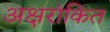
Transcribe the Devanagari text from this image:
अक्षरांकित